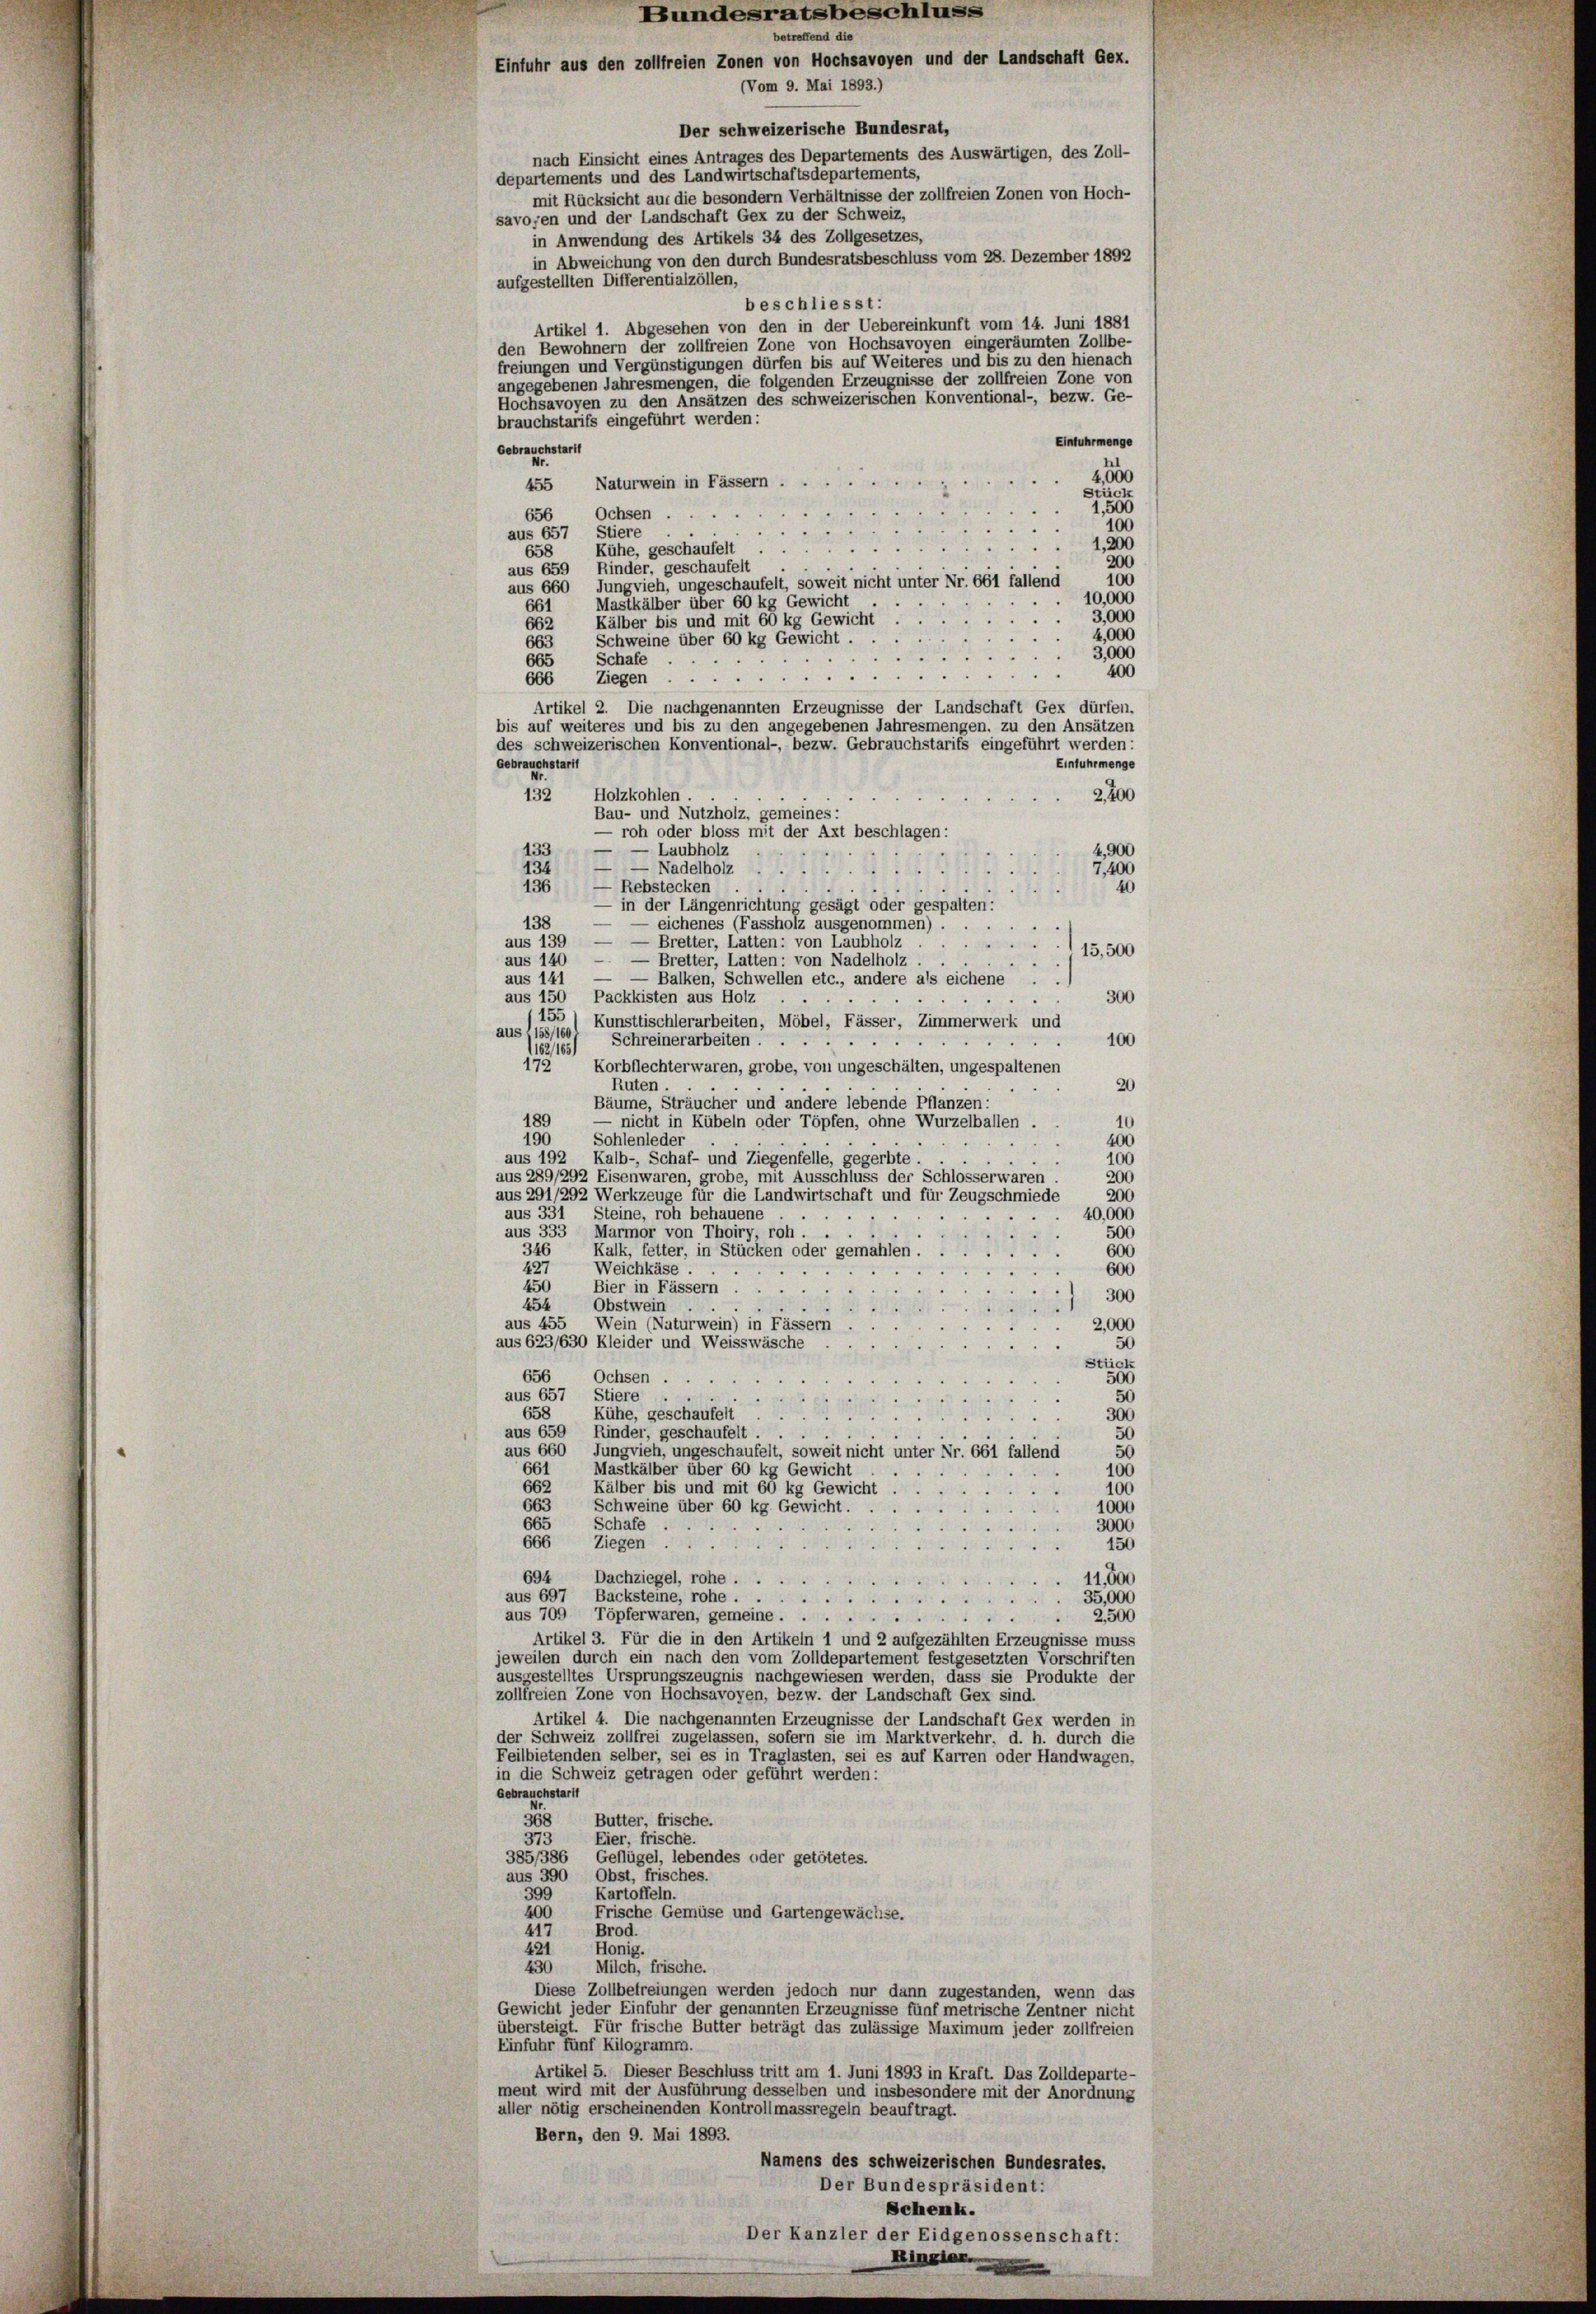
(Vom 9. Mai 1893.)
Der schweizerische Bundesrat,
nach Einsicht eines Antrages des Departements des Auswärtigen, des Zoll-
departements und des Landwirtschaftsdepartements,
mit Rücksicht auf die besondern Verhältnisse der zollfreien Zonen von Hoch-
savoyen und der Landschaft Gex zu der Schweiz,
in Anwendung des Artikels 34 des Zollgesetzes,
in Abweichung von den durch Bundesratsbeschluss vom 28. Dezember 1892
aufgestellten Differentialzöllen,
beschliesst:
Artikel 1. Abgesehen von den in der Uebereinkunft vom 14. Juni 1881
den Bewohnern der zollfreien Zone von Hochsavoyen eingeräumten Zollbe-
freiungen und Vergünstigungen dürfen bis auf Weiteres und bis zu den hienach
angegebenen Jahresmengen, die folgenden Erzeugnisse der zollfreien Zone von
Hochsavoyen zu den Ansätzen des schweizerischen Konventional-, bezw. Ge-
brauchstarifs eingeführt werden:
Einfuhr menge
Gebrauchstart
Nr.
2,000
455 Naturwein in Fässern .
Stück
1,500
Ochsen
656
100
aus 657 Stiere.
1,200
23
Kühe, geschaufelt
658
200
aus 659 Kinder, geschaufelt
100
aus 660 Jungvieh, ungeschaufelt, soweit nicht unter Nr. 661 fallend
10,000
Mastkälber über 60 kg Gewicht
661
3,000
Kälber bis und mit 60 kg Gewicht
662
4,000
Schweine über 60 kg Gewicht .
663
3,000
.
Schafe
665
400
 . . . . .
Ziegen
666
Artikel 2. Die nachgenannten Erzeugnisse der Landschaft Gex dürfen,
bis auf weiteres und bis zu den angegebenen Jahresmengen, zu den Ansätzen
des schweizerischen Konventional-, bezw. Gebrauchstarifs eingeführt werden:
Gebrauchstarti
Einfuhrmenge
Nr.
2,400
132 Holzkohlen
Bau- und Nutzholz, gemeines:
— roh oder bloss mit der Axt beschlagen:
e
133
- Laubholz
4,900
134
7,400
3
40
136
Rebstecken
in der Längenrichtung gesagt oder gespalten:
— eichenes (Fassholz ausgenommen) . . .
138
e
Bretter, Latten: von Laubholz
aus 139
.
15,500
aus 140 — — Bretter, Latten: von Nadelholz.
aus 141
— Balken, Schwellen etc., andere als eichene
aus 150 Packkisten aus Holz
300
155
Kunsttischlerarbeiten, Möbel, Fässer, Zimmerwerk und
aus, 158/160
Schreinerarbeiten.
100
.
e
(162/165)
172
Korbflechter waren, grobe, von ungeschälten, ungespaltenen
Ruten
20
Bäume, Sträucher und andere lebende Pflanzen:
189
10
nicht in Kübeln oder Töpfen, ohne Wurzelballen .
Sohlenleder
190
400
aus 192 Kalb-, Schaf- und Ziegenfelle, gegerbte . . .
100
aus 289/292 Eisenwaren, grobe, mit Ausschluss der Schlosserwaren.
200
200
aus 291/292 Werkzeuge für die Landwirtschaft und für Zeugschmiede
aus 331 Steine, roh behauene
40,000
aus 333 Marmor von Thoiry, roh . .
500
600
346 Kalk, fetter, in Stücken oder gemahlen.
600
Weichkäse .
427
450 Bier in Fässern.
300
Obstwein
454
aus 455 Wein (Naturwein) in Fässern
2,000
aus 623/630 Kleider und Weisswäsche
50
Stück
Ochsen
656
500
aus 657
Stiere
50
658
Kühe, geschaufelt
300
aus 659 Rinder, geschaufelt
50
50
aus 660 Jungvieh, ungeschaufelt, soweit nicht unter Nr. 661 fallend
661
Mastkälber über 60 kg Gewicht
100
662
Kälber bis und mit 60 kg Gewicht
100
663
Schweine über 60 kg Gewicht
1000
665
Schafe
3000

666
150
Ziegen
25
694
Dachziegel, rohe...
11,500
.
aus 697
Backsteine, rohe .
35,000
1
 . . . . . . .
aus 709 Töpferwaren, gemeine
2,500

.
Artikel 3. Für die in den Artikeln 1 und 2 aufgezählten Erzeugnisse muss
jeweilen durch ein nach den vom Zolldepartement festgesetzten Vorschriften
ausgestelltes Ursprungszeugnis nachgewiesen werden, dass sie Produkte der
zollfreien Zone von Hochsavoyen, bezw. der Landschaft Gex sind.
Artikel 4. Die nachgenannten Erzeugnisse der Landschaft Gex werden in
der Schweiz zollfrei zugelassen, sofern sie im Marktverkehr, d. h. durch die
Feilbietenden selber, sei es in Traglasten, sei es auf Karren oder Handwagen,
in die Schweiz getragen oder geführt werden:
Gebrauchstart
368
Butter, frische.
Eier, frische.
373
385/386, Geflügel, lebendes oder getötetes.
aus 390, Obst, frisches.
Kartoffeln.
399
Frische Gemüse und Gartengewächse.
400
Brod.
417
Honig.
421
430
Milch, frische.
Diese Zollbefreiungen werden jedoch nur dann zugestanden, wenn das
Gewicht jeder Einfuhr der genannten Erzeugnisse fünf metrische Zentner nicht
übersteigt. Für frische Butter beträgt das zulässige Maximum jeder zollfreien
Einfuhr fünf Kilogramm.
Artikel 5. Dieser Beschluss tritt am 1. Juni 1893 in Kraft. Das Zolldeparte-
ment wird mit der Ausführung desselben und insbesondere mit der Anordnung
aller nötig erscheinenden Kontrollmassregeln beauftragt.
Bern, den 9. Mai 1893.
Namens des schweizerischen Bundesrates.
Der Bundespräsident:
Schenk.
Der Kanzler der Eidgenossenschaft:

— — Nadelholz

betreffend die

Bundesratsbeschluss
Einfuhr aus den zollfreien Zonen von Hochsavoyen und der Landschaft Gex.